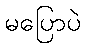
မပြောပဲ